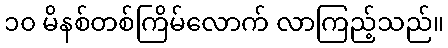
၁၀ မိနစ်တစ်ကြိမ်လောက် လာကြည့်သည်။